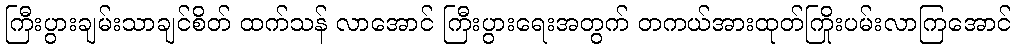
ကြီးပွားချမ်းသာချင်စိတ် ထက်သန် လာအောင် ကြီးပွားရေးအတွက် တကယ်အားထုတ်ကြိုးပမ်းလာကြအောင်